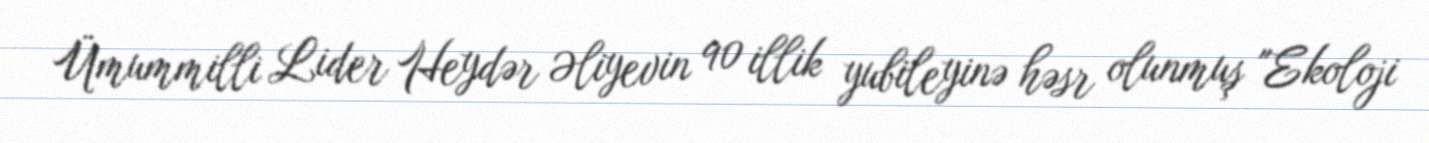
Ümummilli Lider Heydər Əliyevin 90 illik yubileyinə həsr olunmuş "Ekoloji